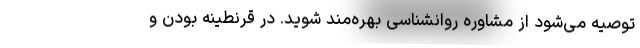
توصیه می‌شود از مشاوره روانشناسی بهره‌مند شوید. در قرنطینه بودن و